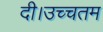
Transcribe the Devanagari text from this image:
दी।उच्चतम